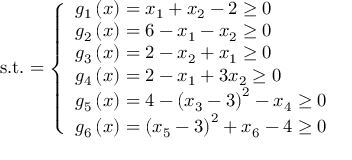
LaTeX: { \mathrm { s . t . } } = { \left\{ \begin{array} { l l } { g _ { 1 } \left( { \boldsymbol { x } } \right) = x _ { 1 } + x _ { 2 } - 2 \geq 0 } \\ { g _ { 2 } \left( { \boldsymbol { x } } \right) = 6 - x _ { 1 } - x _ { 2 } \geq 0 } \\ { g _ { 3 } \left( { \boldsymbol { x } } \right) = 2 - x _ { 2 } + x _ { 1 } \geq 0 } \\ { g _ { 4 } \left( { \boldsymbol { x } } \right) = 2 - x _ { 1 } + 3 x _ { 2 } \geq 0 } \\ { g _ { 5 } \left( { \boldsymbol { x } } \right) = 4 - \left( x _ { 3 } - 3 \right) ^ { 2 } - x _ { 4 } \geq 0 } \\ { g _ { 6 } \left( { \boldsymbol { x } } \right) = \left( x _ { 5 } - 3 \right) ^ { 2 } + x _ { 6 } - 4 \geq 0 } \end{array} \right. }